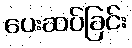
ပေးဆပ်ခြင်း